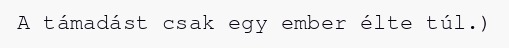
A támadást csak egy ember élte túl.)